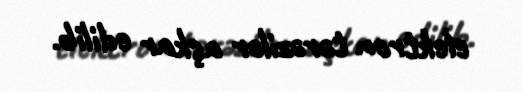
elektron tərəzilər aşkar edilib.